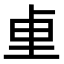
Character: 𫭬